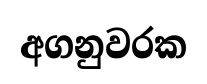
අගනුවරක